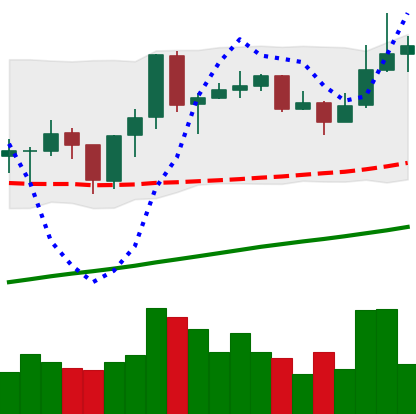
Ticker: ADA-USD
Chart end date: 2019-06-24
Forward return: -7.467%
Label: down_7plus